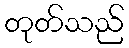
တုတ်သည်